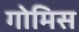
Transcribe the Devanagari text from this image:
गोमिस